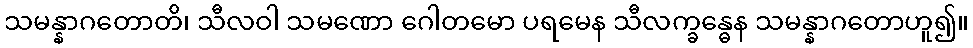
သမန္နာဂတောတိ၊ သီလဝါ သမဏော ဂေါတမော ပရမေန သီလက္ခန္ဓေန သမန္နာဂတောဟူ၍။